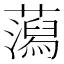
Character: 𧂙